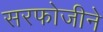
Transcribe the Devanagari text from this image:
सरफोजीने